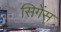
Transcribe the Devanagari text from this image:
सिगेंस